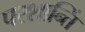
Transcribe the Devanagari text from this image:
परशान्तिं